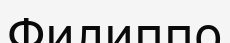
Филиппо